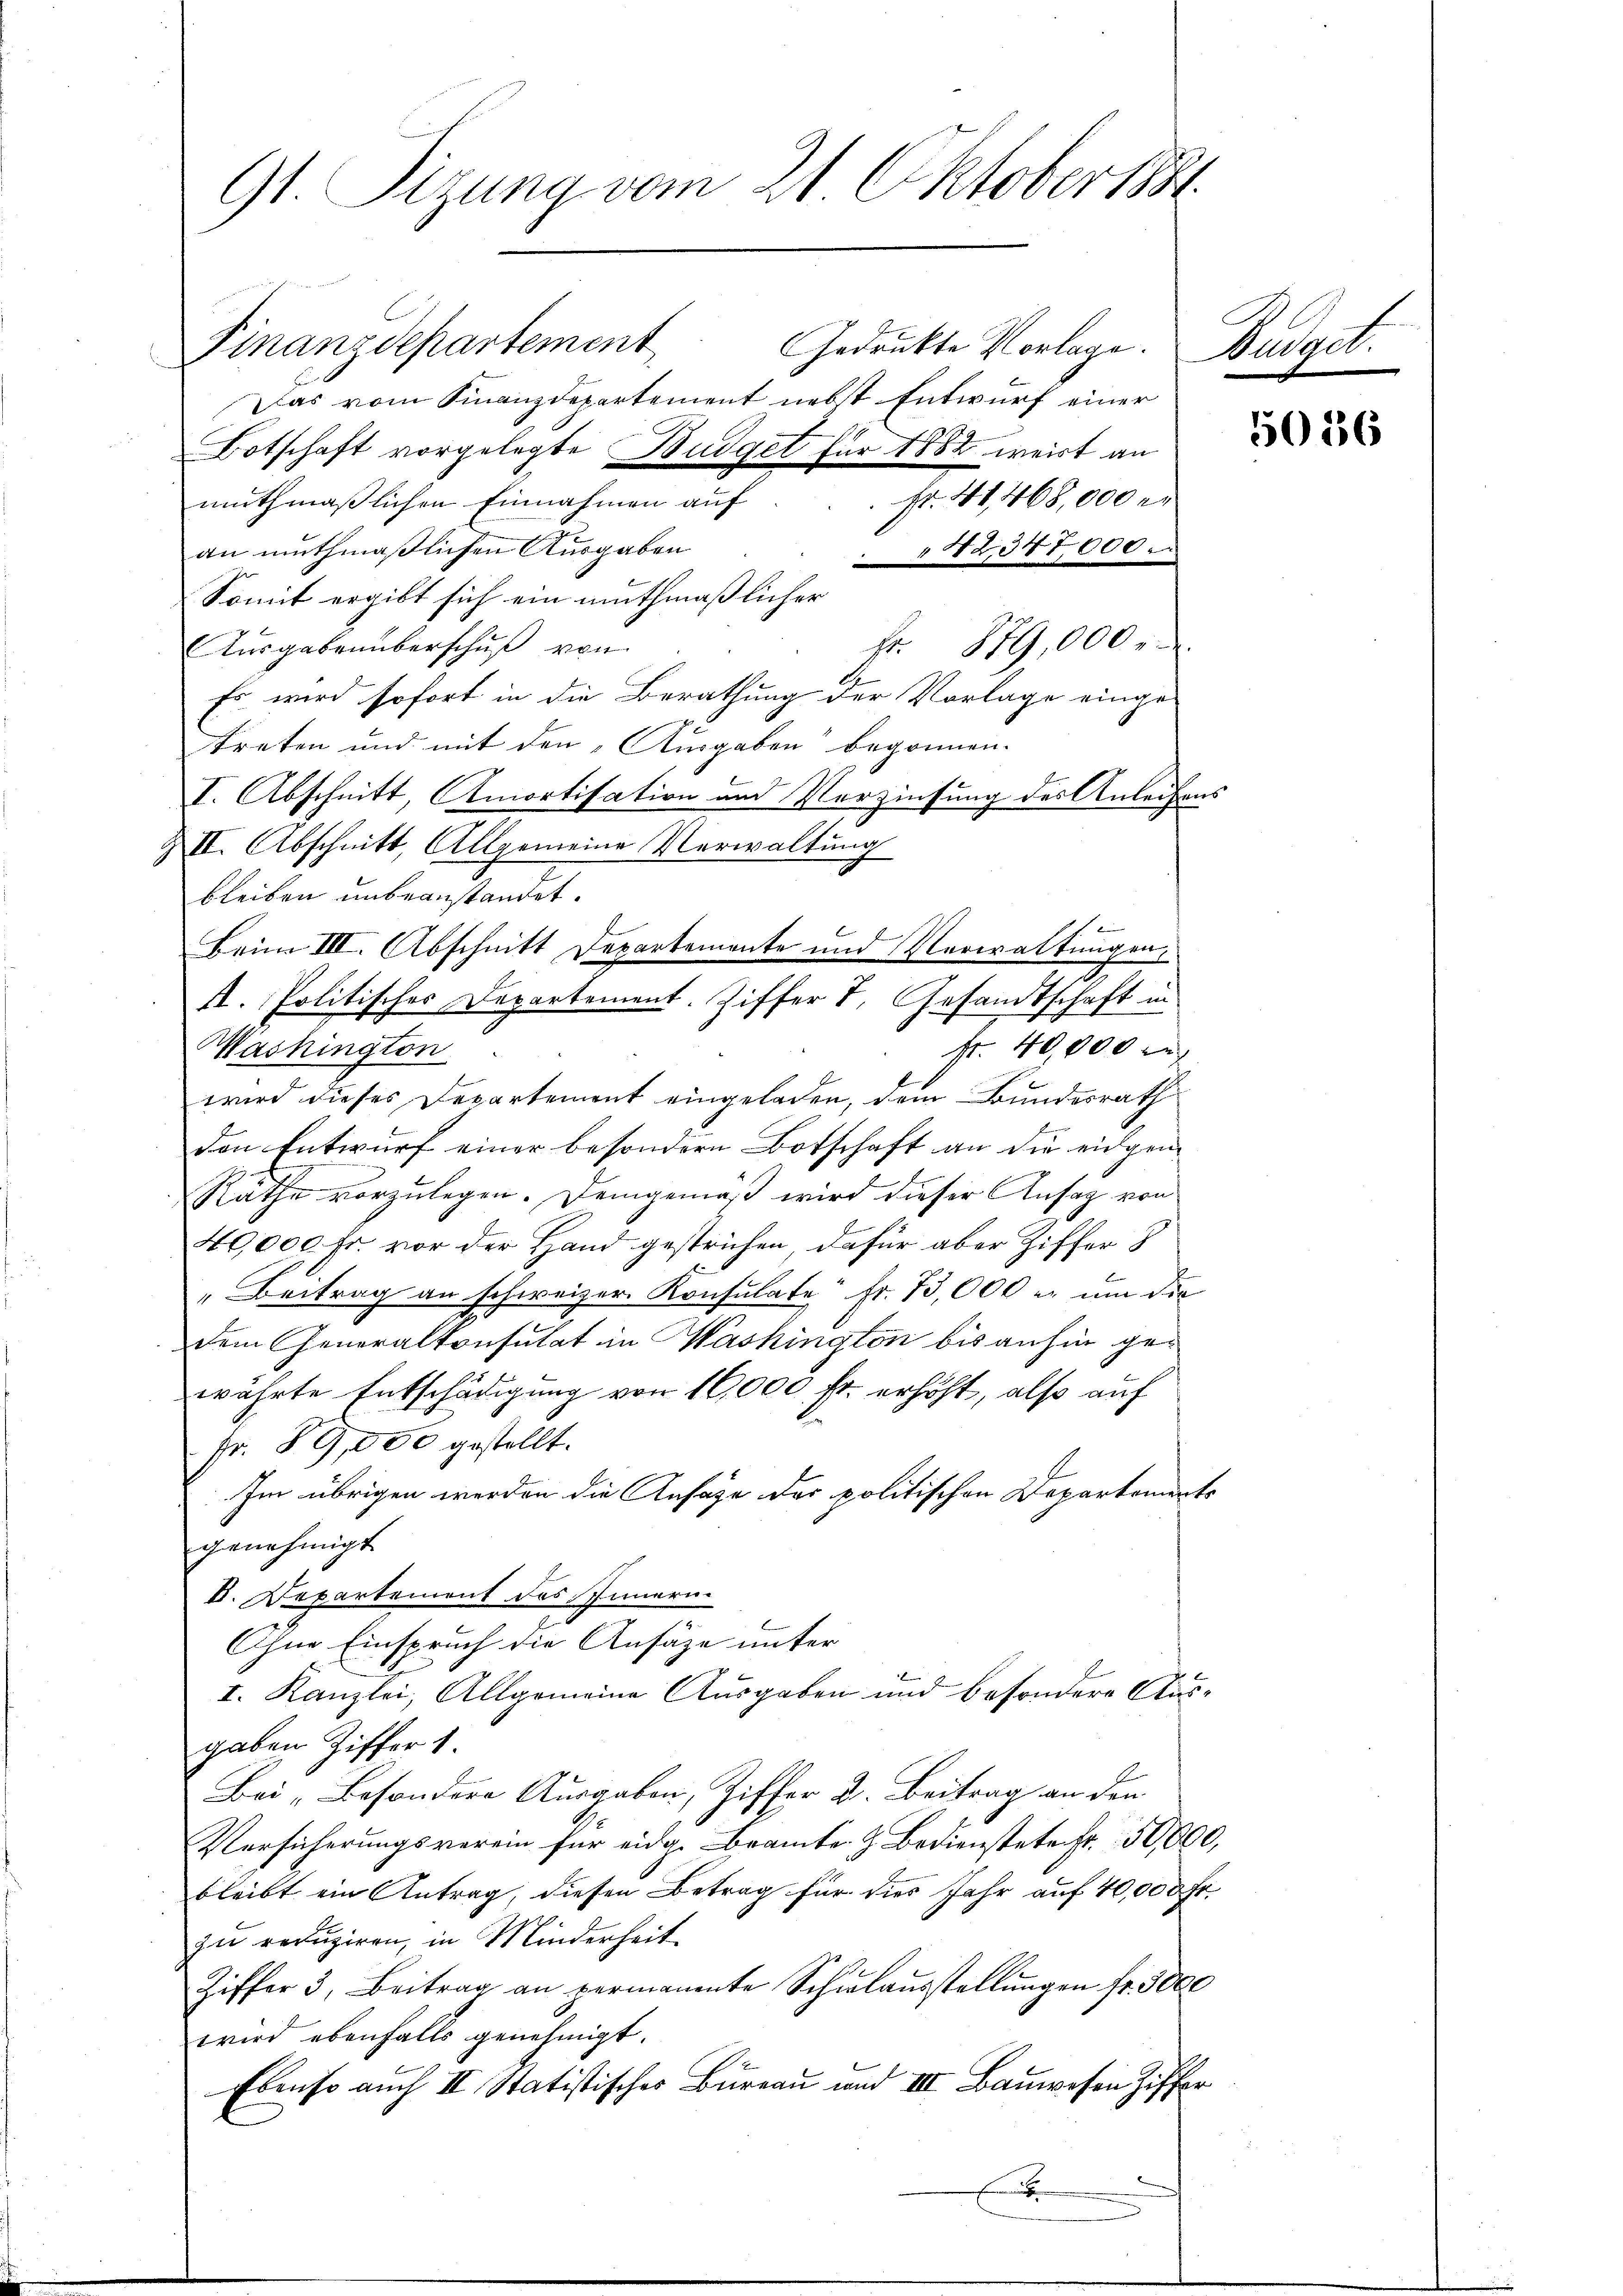
G1. Sizung vom 21. Oktober 1891

Finanzdepartement

Beim III. Abschnitt Departemente und Verwaltungen,

A. Politisches Departement. Ziffer 7, Gesandtschaft in

Gedruckte Vorlage. Budget.
Das vom Finanzdepartement nebst Entwurf einer
Botschaft vorgelegte Budget für 1882 weist an
muthmaßlichen Einnahmen auf
an muthmaßlichen Ausgaben
12,347,000
Somit ergibt sich ein muthmaßlicher
fr. 879,000
Ausgabenüberschuß von
Es wird sofort in die Berathung der Vorlage eingetreten und mit den Ausgaben begonnen.
I. Abschnitt, Amortisation und Verzinsung des Anleihens
II. Abschnitt, Allgemeine Verwaltung
bleiben unbeanstandet.
fr. 40,000 M
Washington
wird dieses Departement eingeladen, dem Bundesrath
den Entwurf einer besondern Botschaft an die eidgen¬
Räthe vorzulegen. Demgemäß wird dieser Ansag von
40,000 fr. vor der Hand gestrichen, dafür aber Ziffer 8
" Beitrag an schweizer. Konsulate Fr. 73,000 er um die
dem Generalkonsulat in Washington bis anhin gewährte Entschädigung von 16,000 fr. erhöht, also auf
Fr. 89,000 gestellt.
Im übrigen werden die Ansage der politischen Departements
genehmigt
V. Departement des Innern.
Ohne Einspruch die Ansätze unter
I. Kanzlei, Allgemeine Ausgaben und besondere Ausgaben Ziffer 1.
Bei Besondere Ausgaben, Ziffer 2. Beitrag an den
Versicherungsverein für eidg. Beamte & Bedienstete fr. 50,000,
bleibt ein Antrag, diesen Betrag für dies Jahr auf 40,000 Fr.
zu reduziren, in Minderheit
Ziffer 3. Beitrag an permanente Schŭlaŭsstellŭngen fr. 3000
wird ebenfalls genehmigt.
Ebenso auch II Statistisches Bureau und III Bauwesen Ziffer
.

Fr. 41,468,000 er

5036